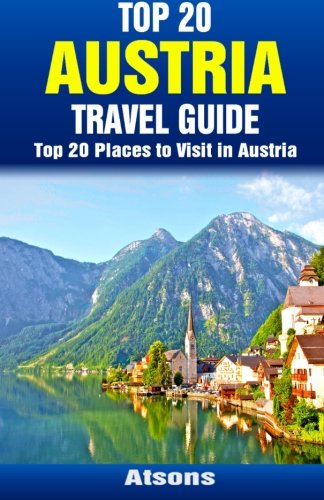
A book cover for Top 20 Places to Visit in Austria - Top 20 Austria Travel Guide; Atsons; Travel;